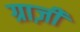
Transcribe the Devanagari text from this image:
ग्राज़ी